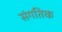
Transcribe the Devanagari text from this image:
संगतिक